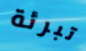
تبرئة